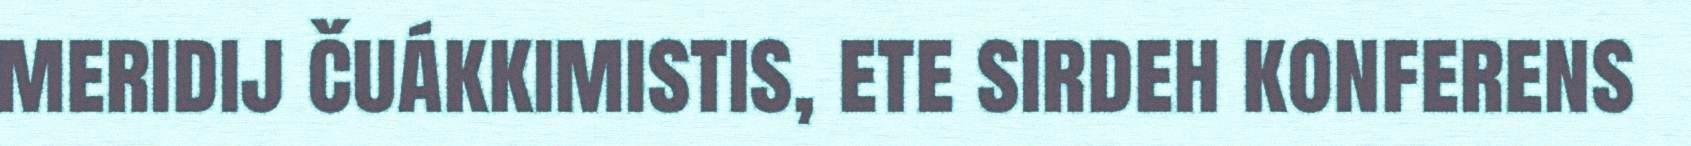
meridij čuákkimistis, ete sirdeh konferens